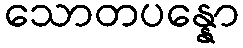
သောတပန္နော